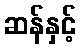
ဆန်နှင့်